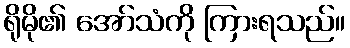
ရိုမို၏ အော်သံကို ကြားရသည်။